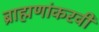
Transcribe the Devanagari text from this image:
ब्राह्मणांकरवी